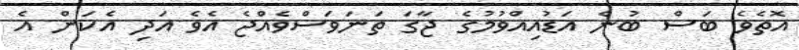
އޮތެވެ ބަސް ބުނެ އަޑުއިއްވުމުގެ ޖާގަ ތަނަވަސްވެއްޖެ އެވެ އަދި އެކަން އެ